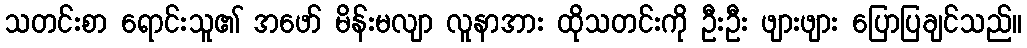
သတင်းစာ ရောင်းသူ၏ အဖော် မိန်းမလျာ လူနာအား ထိုသတင်းကို ဦးဦး ဖျားဖျား ပြောပြချင်သည်။